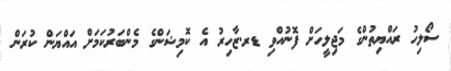
ސޯލިހު ރައްޔިތުންގެ މަޖިލީހަށް ފޮނުއްވި ޑރ.ޒާހިރު އެ ކޮމިޝަންގެ މެންބަރުކަމަށް އައްޔަން ކުރަން